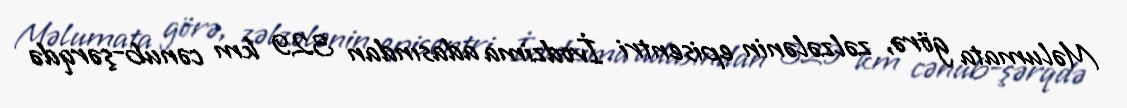
Məlumata görə, zəlzələnin episentri İvodzima adasından 329 km cənub-şərqdə